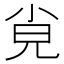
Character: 㝸